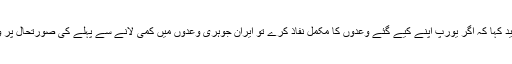
انہوں نے مزید کہا کہ اگر یورپ اپنے کیے گئے وعدوں کا مکمل نفاذ کرے تو ایران جوہری وعدوں میں کمی لانے سے پہلے کی صورتحال پر واپس آئے گا۔